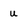
Character: u